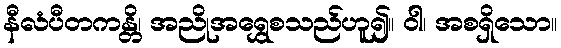
နီလံပီတကန္တိ၊ အညိုအရွှေစသည်ဟူ၍။ ဝါ၊ အစရှိသော။